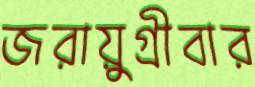
জরায়ুগ্রীবার